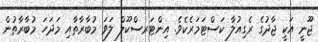
ޖޫނީ އަކީ ޖާދުގެ ރެގިއުލާ ކަސްޓަމަރެކެވެ. އިންޓަރސްކޫލް ލަވަ މުބާރާތާއި މަދަހަ މުބާރާތުން